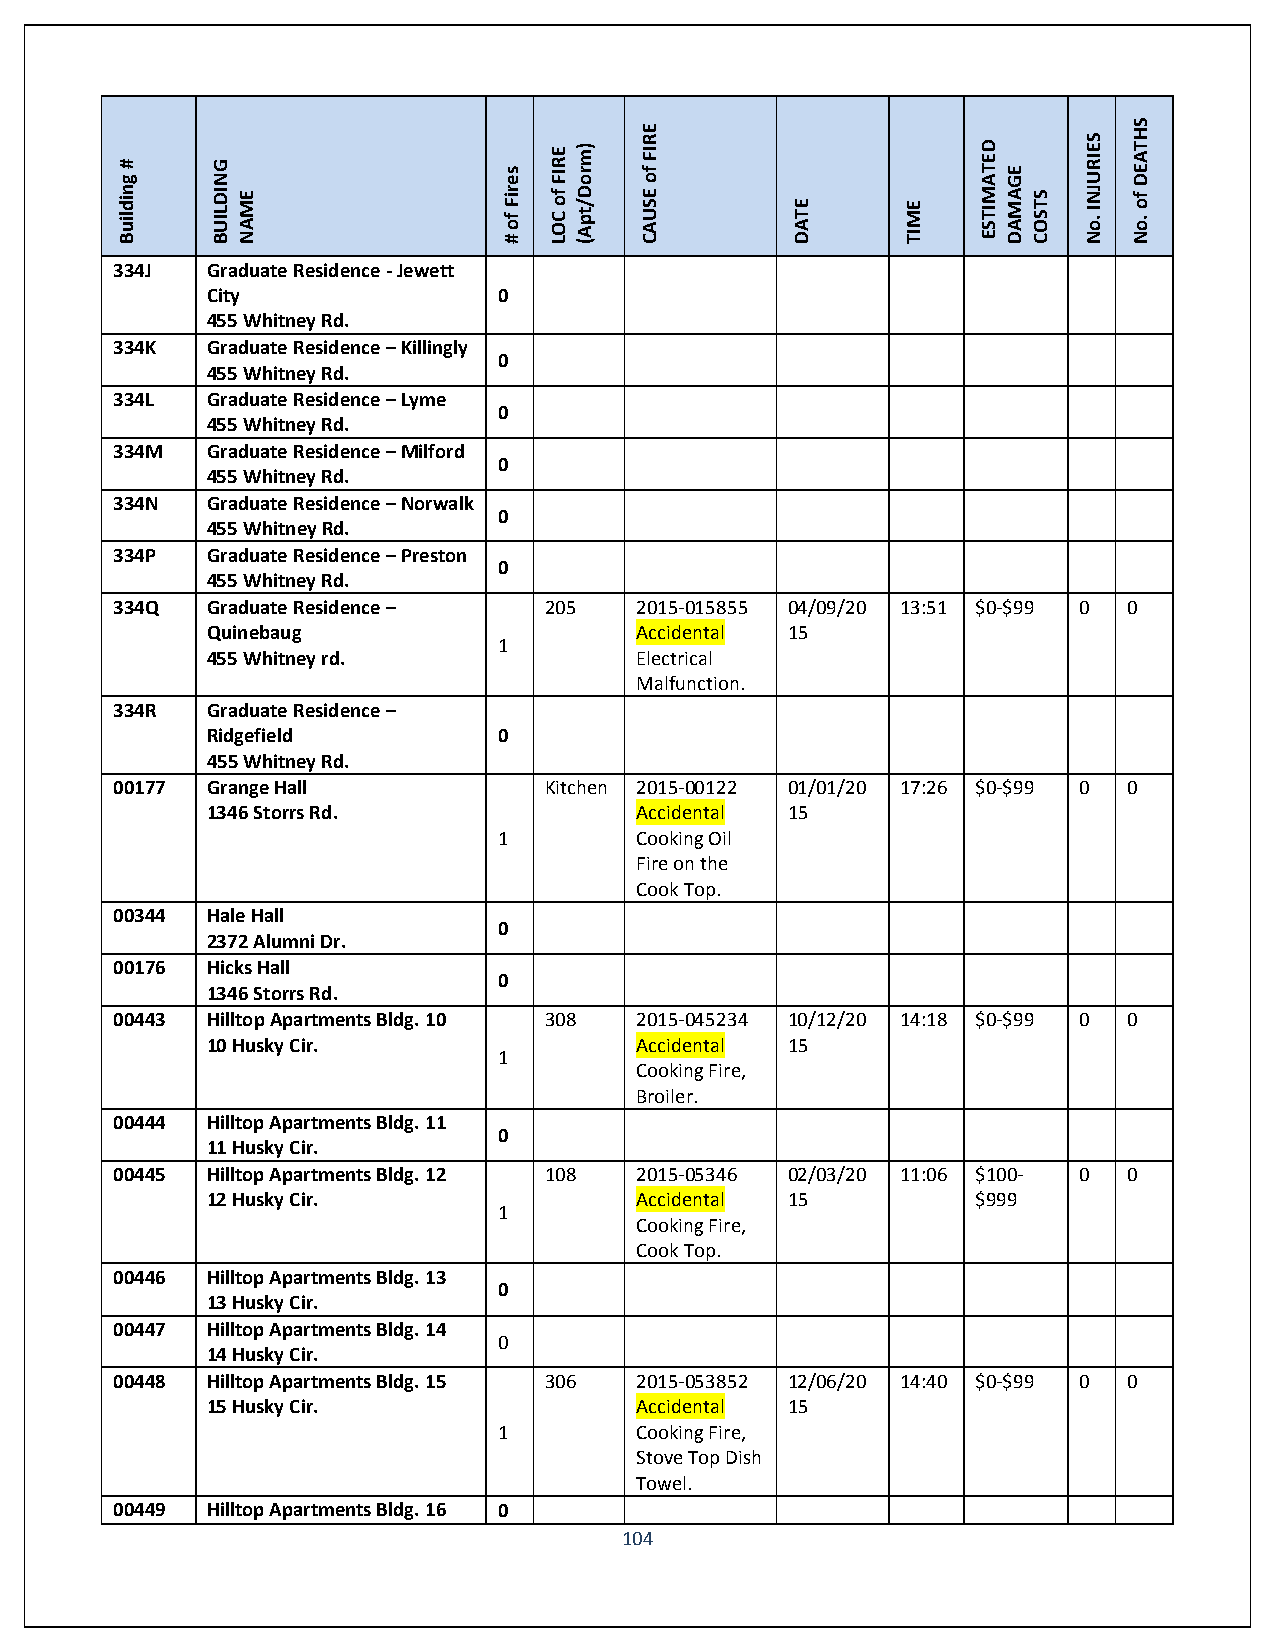
Building
 #     BUILDING
 NAME
 #
 of
 Fires
 LOC
 of
 FIRE (Apt/Dorm)
 CAUSE
 of
 FIRE
 DATE    TIME
 ESTIMATED
 DAMAGE
 COSTS
 No.
 INJURIES
 No.
 of
 DEATHS
 334J   Graduate Residence - Jewett
 City               0
 455 Whitney Rd.
 334K   Graduate Residence – Killingly
 0
 455 Whitney Rd.
 334L   Graduate Residence – Lyme
 0
 455 Whitney Rd.
 334M   Graduate Residence – Milford
 0
 455 Whitney Rd.
 334N   Graduate Residence – Norwalk
 0
 455 Whitney Rd.
 334P   Graduate Residence – Preston
 0
 455 Whitney Rd.
 334Q   Graduate Residence –  205   2015-015855 04/09/20 13:51 $0-$99 0 0
 Quinebaug                   Accidental 15
 1
 455 Whitney rd.             Electrical
 Malfunction.
 334R   Graduate Residence –
 Ridgefield         0
 455 Whitney Rd.
 00177  Grange Hall           Kitchen 2015-00122 01/01/20 17:26 $0-$99 0 0
 1346 Storrs Rd.             Accidental 15
 1        Cooking Oil
 Fire on the
 Cook Top.
 00344  Hale Hall
 0
 2372 Alumni Dr.
 00176  Hicks Hall
 0
 1346 Storrs Rd.
 00443  Hilltop Apartments Bldg. 10 308 2015-045234 10/12/20 14:18 $0-$99 0 0
 10 Husky Cir.               Accidental 15
 1
 Cooking Fire,
 Broiler.
 00444  Hilltop Apartments Bldg. 11
 0
 11 Husky Cir.
 00445  Hilltop Apartments Bldg. 12 108 2015-05346 02/03/20 11:06 $100- 0 0
 12 Husky Cir.               Accidental 15          $999
 1
 Cooking Fire,
 Cook Top.
 00446  Hilltop Apartments Bldg. 13
 0
 13 Husky Cir.
 00447  Hilltop Apartments Bldg. 14
 0
 14 Husky Cir.
 00448  Hilltop Apartments Bldg. 15 306 2015-053852 12/06/20 14:40 $0-$99 0 0
 15 Husky Cir.               Accidental 15
 1        Cooking Fire,
 Stove Top Dish
 Towel.
 00449  Hilltop Apartments Bldg. 16 0
 104